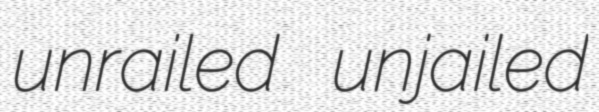
unrailed unjailed